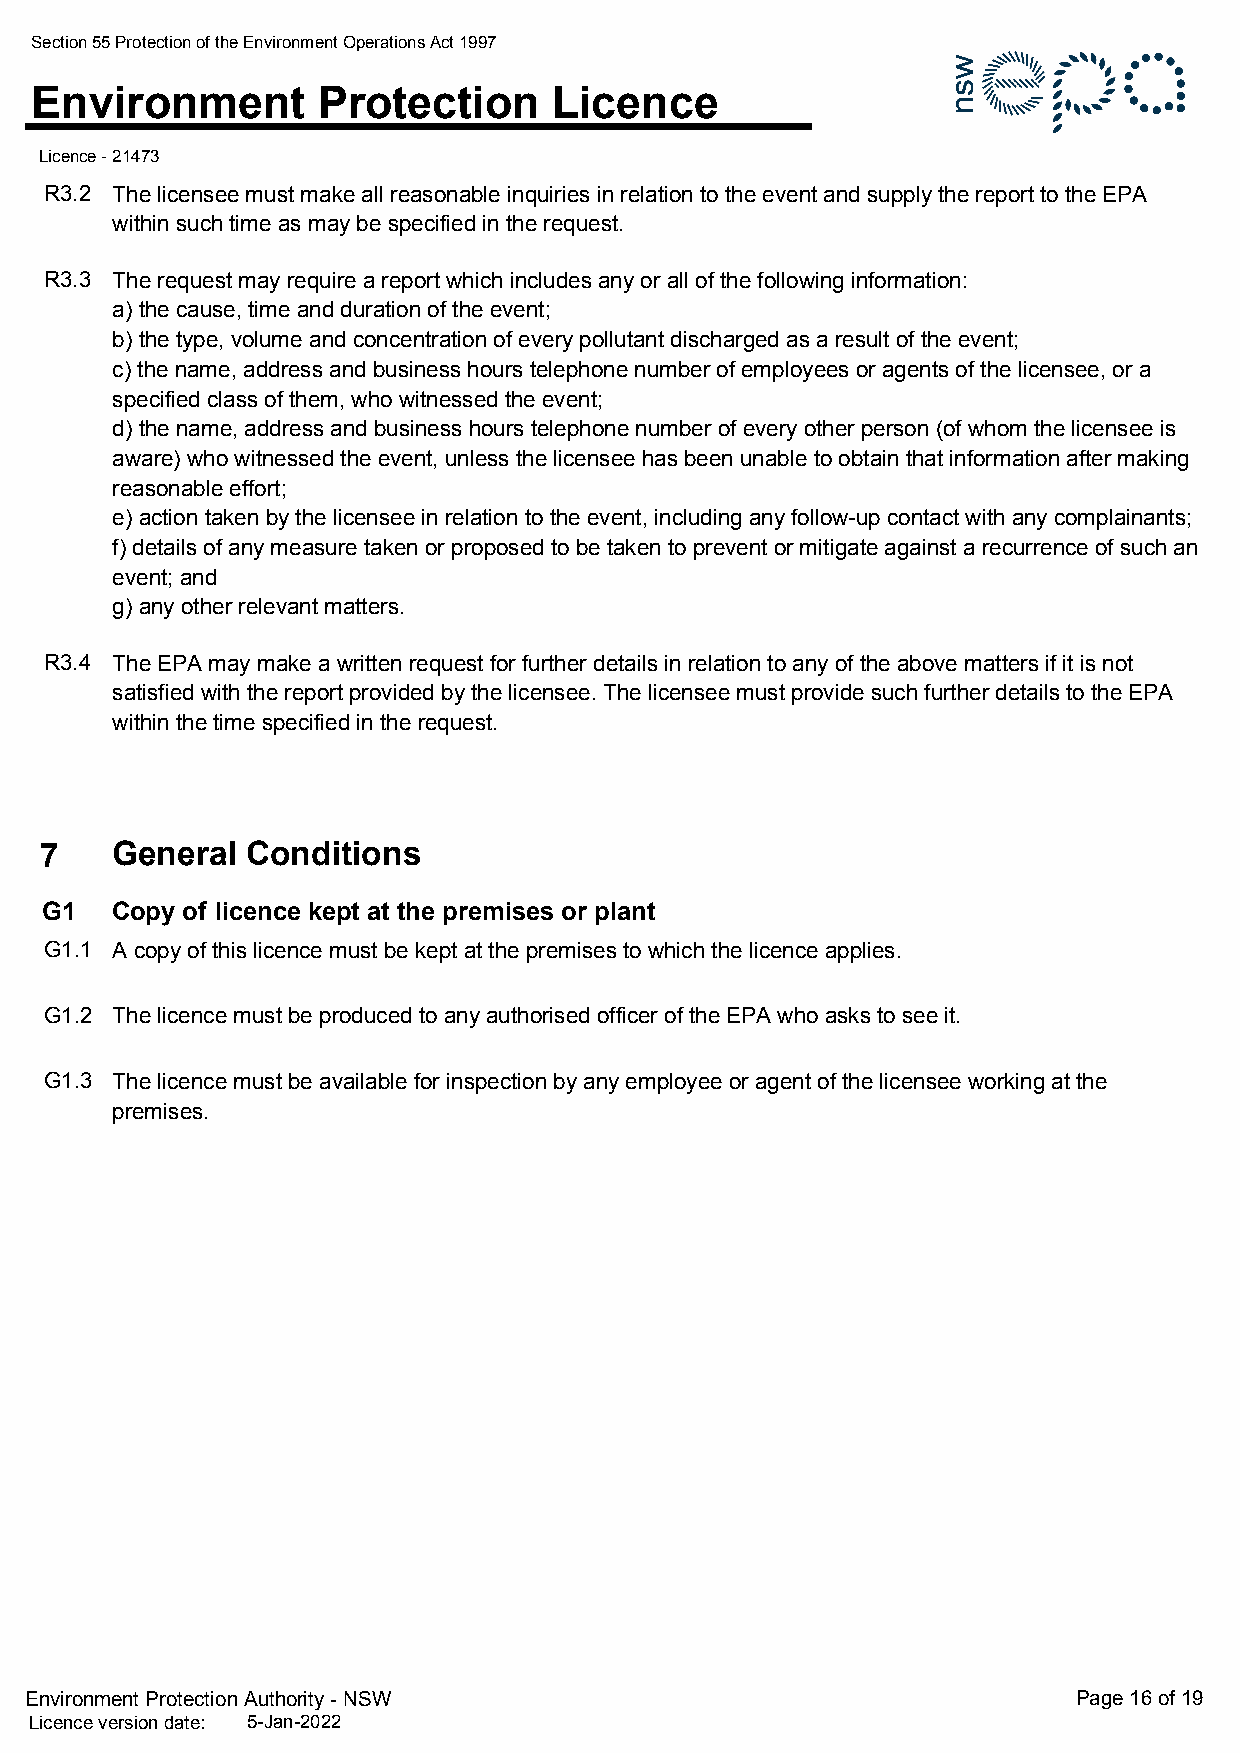
Section 55 Protection of the Environment Operations Act 1997
 Environment        Protection      Licence
 Licence - 21473
 R3.2 The licensee must make all reasonable inquiries in relation to the event and supply the report to the EPA
 within such time as may be specified in the request.
 R3.3 The request may require a report which includes any or all of the following information:
 a) the cause, time and duration of the event;
 b) the type, volume and concentration of every pollutant discharged as a result of the event;
 c) the name, address and business hours telephone number of employees or agents of the licensee, or a
 specified class of them, who witnessed the event;
 d) the name, address and business hours telephone number of every other person (of whom the licensee is
 aware) who witnessed the event, unless the licensee has been unable to obtain that information after making
 reasonable effort;
 e) action taken by the licensee in relation to the event, including any follow-up contact with any complainants;
 f) details of any measure taken or proposed to be taken to prevent or mitigate against a recurrence of such an
 event; and
 g) any other relevant matters.
 R3.4 The EPA may make a written request for further details in relation to any of the above matters if it is not
 satisfied with the report provided by the licensee. The licensee must provide such further details to the EPA
 within the time specified in the request.
 7   General  Conditions
 G1  Copy of licence kept at the premises or plant
 G1.1 A copy of this licence must be kept at the premises to which the licence applies.
 G1.2 The licence must be produced to any authorised officer of the EPA who asks to see it.
 G1.3 The licence must be available for inspection by any employee or agent of the licensee working at the
 premises.
 Environment Protection Authority - NSW                               Page 16 of 19
 Licence version date: 5-Jan-2022